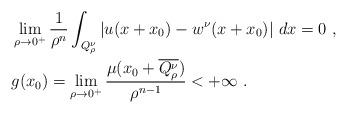
LaTeX: \begin{align*}& \lim_{\rho\rightarrow0^{+}}\frac{1}{\rho^{n}}\int_{Q_{\rho}^{\nu}}|u(x+x_{0})-w^{\nu}(x+x_{0})|~dx=0~,\\& g(x_{0})=\lim_{\rho\rightarrow0^{+}}\frac{\mu(x_{0}+\overline{Q_{\rho}^{\nu}})}{\rho^{n-1}}<+\infty~. \end{align*}